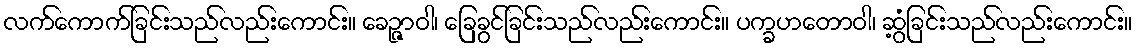
လက်ကောက်ခြင်းသည်လည်းကောင်း။ ခေဉ္ဇာဝါ၊ ခြေခွင်ခြင်းသည်လည်းကောင်း။ ပက္ခဟတောဝါ၊ ဆွံ့ခြင်းသည်လည်းကောင်း။